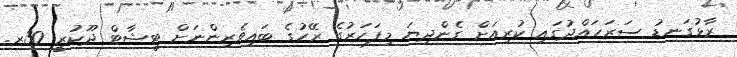
ރާޅުގަނޑު ސަރަހައްދުގައި ކުރިއަށް ގެންދިޔަ މިފަހަރުގެ ރޭހުގެ ބައިވެރިންނަށް ޓީޝާޓް ދޫކުރީ 30ރ.